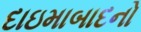
દાઇમાબાદનો